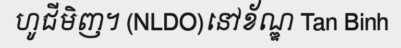
ហូជីមិញ។ (NLDO)នៅខ័ណ្ឌ Tan Binh